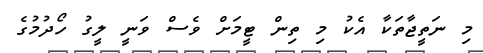
މި ނަތީޖާތަކާ އެކު މި ތިން ޓީމަށް ވެސް ވަނީ ލީގު ހޯދުމުގެ